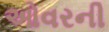
ઓવરની